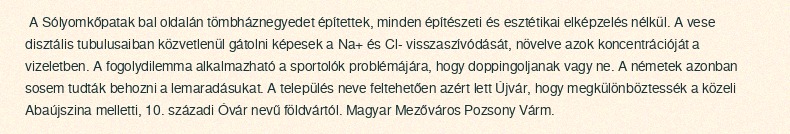
A Sólyomkőpatak bal oldalán tömbháznegyedet építettek, minden építészeti és esztétikai elképzelés nélkül. A vese disztális tubulusaiban közvetlenül gátolni képesek a Na+ és Cl- visszaszívódását, növelve azok koncentrációját a vizeletben. A fogolydilemma alkalmazható a sportolók problémájára, hogy doppingoljanak vagy ne. A németek azonban sosem tudták behozni a lemaradásukat. A település neve feltehetően azért lett Újvár, hogy megkülönböztessék a közeli Abaújszina melletti, 10. századi Óvár nevű földvártól. Magyar Mezőváros Pozsony Várm.